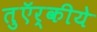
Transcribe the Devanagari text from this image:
तुऍर्कीये